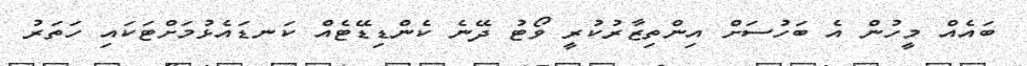
ބައެއް މީހުން އެ ބަހުސަށް އިންތިޒާރުކުރީ ވޯޓު ދޭނެ ކެންޑިޑޭޓެއް ކަނޑައެޅުމަށްޓަކައި ހަތަރު